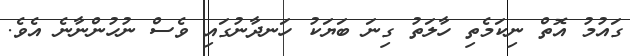
ގައުމު އޮތް ނިކަމެތި ހާލަތު ގިނަ ބަޔަކު ހަނދާނުގައި ވެސް ނުހުންނާނެ އެވެ.